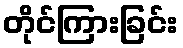
တိုင်ကြားခြင်း